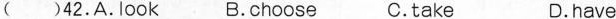
( )42.A.Look B.choose C.take D.have